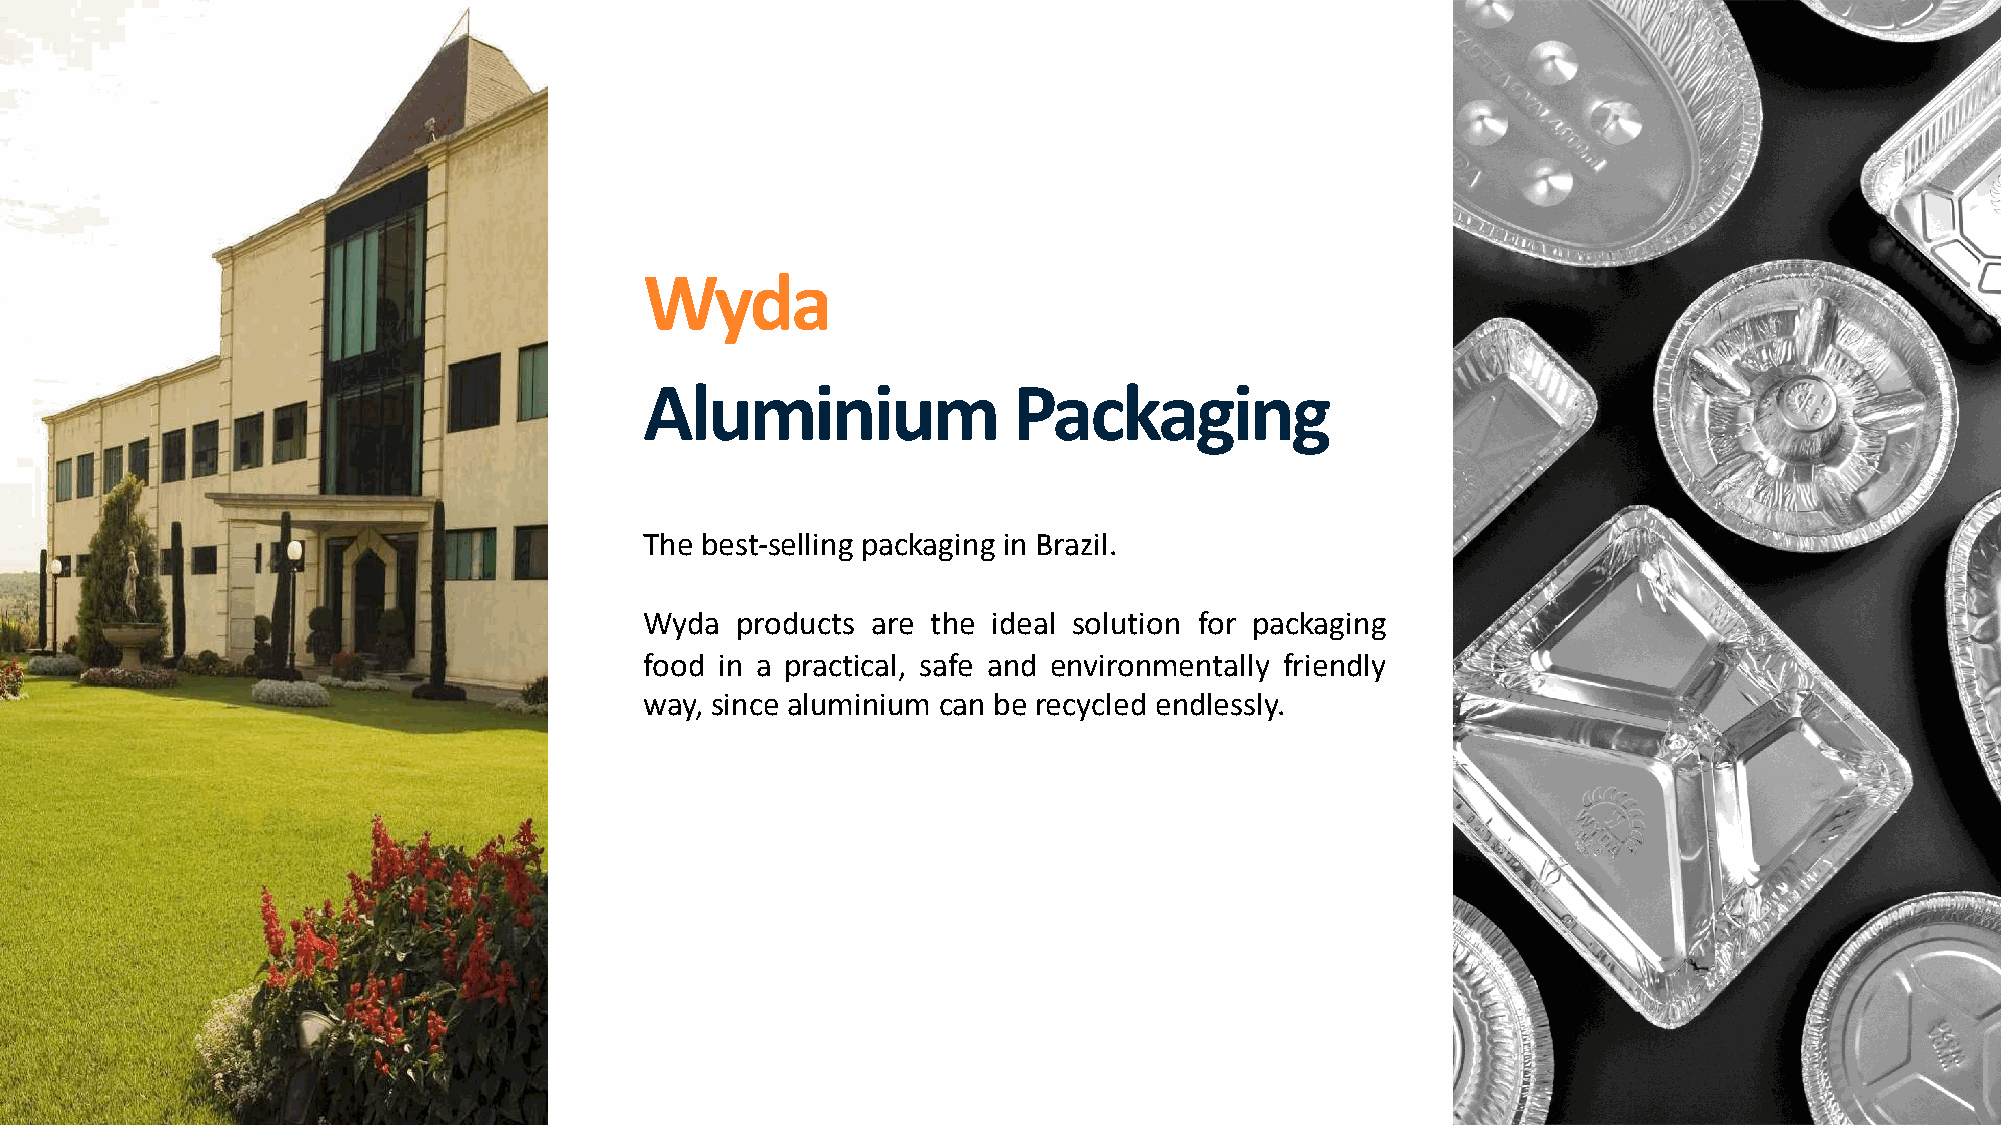
Wyda
 Aluminium               Packaging
 The best-selling packaging in Brazil.
 Wyda  products are the ideal solution for packaging
 food in a practical, safe and environmentally friendly
 way, since aluminium can be recycled endlessly.